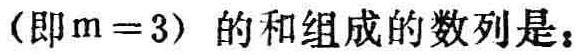
（即\(m = 3\)）的和组成的数列是：